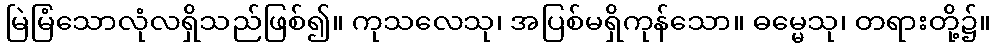
မြဲမြံသောလုံလရှိသည်ဖြစ်၍။ ကုသလေသု၊ အပြစ်မရှိကုန်သော။ ဓမ္မေသု၊ တရားတို့၌။